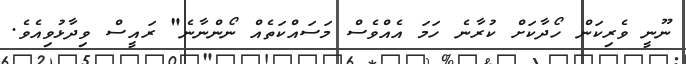
ނޫނީ ވެރިކަން ހޯދާކަށް ކުރާނެ ހަމަ އެއްވެސް މަސައްކަތެއް ނޯންނާނެ" ރައީސް ވިދާޅުވިއެވެ.